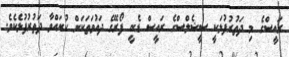
ރައީސްގެ މި ދަތުރުފުޅަކީ ސީޝެލްސްގެ ރައީސް ޑެނީ ފޯރޭގެ ދައުވަތަކަށް ކުރައްވާ ދަތުރުފުޅެކެވެ.